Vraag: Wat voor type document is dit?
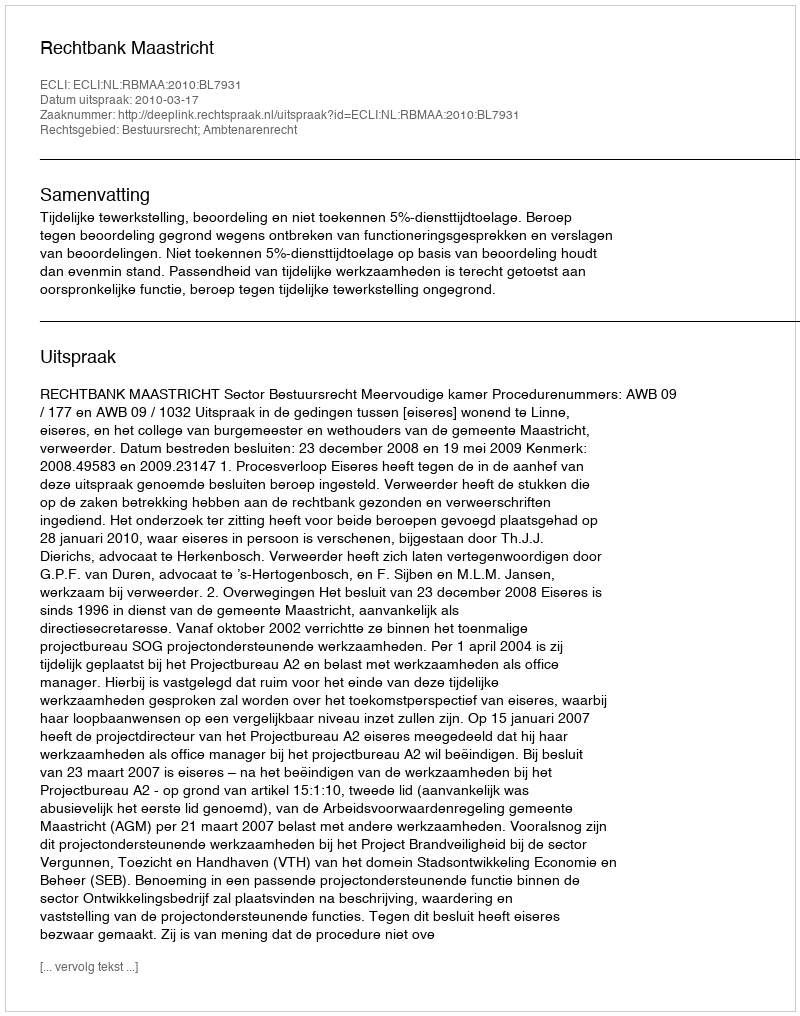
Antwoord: Uitspraak